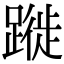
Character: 蹝